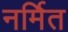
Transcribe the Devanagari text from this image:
नर्मित